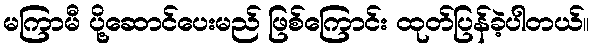
မကြာမီ ပို့ဆောင်ပေးမည် ဖြစ်ကြောင်း ထုတ်ပြန်ခဲ့ပါတယ်။